Scottish Certificate of Education, 1962
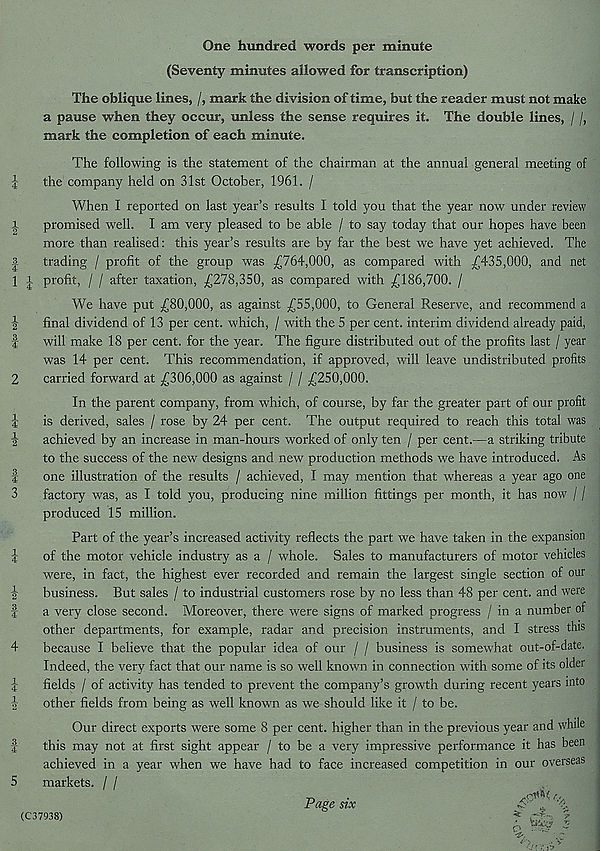
>HW
tc/— 1
tO{M
OO rf^lw U»;m
tS)
rf^| CO tO| M
I—^ ^JCO
One hundred words per minute
(Seventy minutes allowed for transcription)
The oblique lines, /, mark the division of time, but the reader must not make
a pause when they occur, unless the sense requires it. The double lines, / /,
mark the completion of each minute.
The following is the statement of the chairman at the annual general meeting of
|
the company held on 31st October, 1961. /
When I reported on last year’s results I told you that the year now under review
X
promised well. I am very pleased to be able / to say today that our hopes have been
more than realised: this year’s results are by far the best we have yet achieved. The
trading / profit of the group was -£764,000, as compared with £435,000, and net
i profit, / / after taxation, £278,350, as compared with £186,700. /
We have put £80,000, as against £55,000, to General Reserve, and recommend a
final dividend of 13 per cent, which, / with the 5 per cent, interim dividend already paid,
will make 18 per cent, for the year. The figure distributed out of the profits last / year
was 14 per cent. This recommendation, if approved, will leave undistributed profits
carried forward at £306,000 as against / / £250,000.
In the parent company, from which, of course, by far the greater part of our profit
is derived, sales / rose by 24 per cent. The output required to reach this total was
achieved by an increase in man-hours worked of only ten / per cent.—a striking tribute
to the success of the new designs and new production methods we have introduced. As
one illustration of the results / achieved, I may mention that whereas a year ago one
factory was, as I told you, producing nine million fittings per month, it has now' / /
produced 15 million.
Part of the year’s increased activity reflects the part we have taken in the expansion
of the motor vehicle industry as a / whole. Sales to manufacturers of motor vehicles
were, in fact, the highest ever recorded and remain the largest single section of our
business. But sales / to industrial customers rose by no less than 48 per cent, and were
a very close second. Moreover, there were signs of marked progress / in a number of
other departments, for example, radar and precision instruments, and I stress this
because I believe that the popular idea of our / / business is somewhat out-of-date.
Indeed, the very fact that our name is so well known in connection with some of its older
fields / of activity has tended to prevent the company’s growth during recent years into
other fields from being as well known as we should like it / to be.
Our direct exports were some 8 per cent, higher than in the previous year and while
this may not at first sight appear / to be a very impressive performance it has been
achieved in a year when we have had to face increased competition in our overseas
markets. / /
Page six
(C37938)
' -fr, r " •.